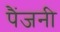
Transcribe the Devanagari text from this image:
पैंजनी